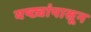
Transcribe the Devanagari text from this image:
यष्ट्यांपासून